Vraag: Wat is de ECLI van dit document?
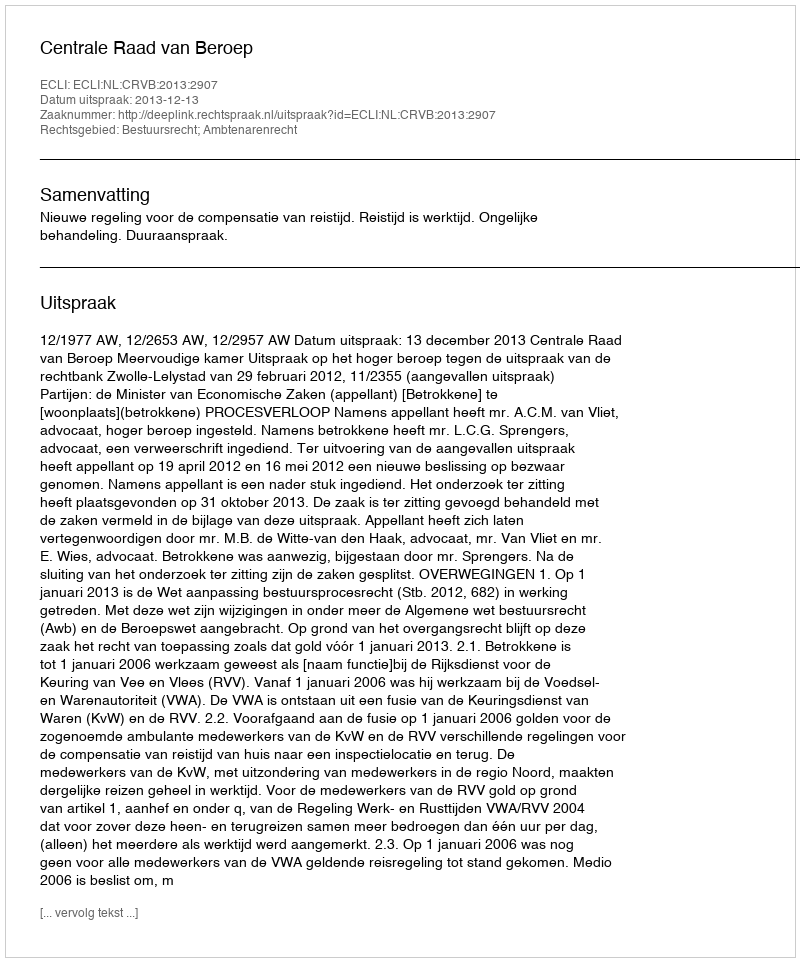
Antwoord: ECLI:NL:CRVB:2013:2907